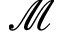
\mathcal { M }